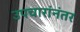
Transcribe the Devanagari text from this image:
उपचारांनंतर